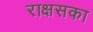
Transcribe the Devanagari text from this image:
राक्षसका